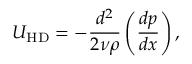
U _ { \mathrm { H D } } = - \frac { d ^ { 2 } } { 2 \nu \rho } \left( \frac { d p } { d x } \right) ,